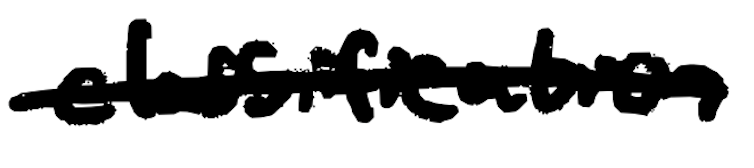
Text: classification
Cross-out: single-line
Writing tool: digital_black